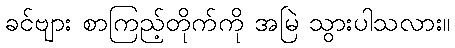
ခင်ဗျား စာကြည့်တိုက်ကို အမြဲ သွားပါသလား။